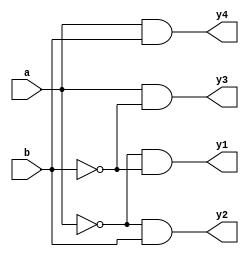
module decoder(
  input a,b,
  output y1,y2,y3,y4);
  wire p,q;
  not (p,a),(q,b);
  and a1(y1,p,q);
  and a2(y2,p,b);
  and a3(y3,a,q);
  and a4(y4,a,b);
endmodule